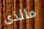
مالذى